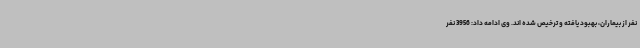
نفر از بیماران، بهبود یافته و ترخیص شده اند. وی ادامه داد: 3956 نفر